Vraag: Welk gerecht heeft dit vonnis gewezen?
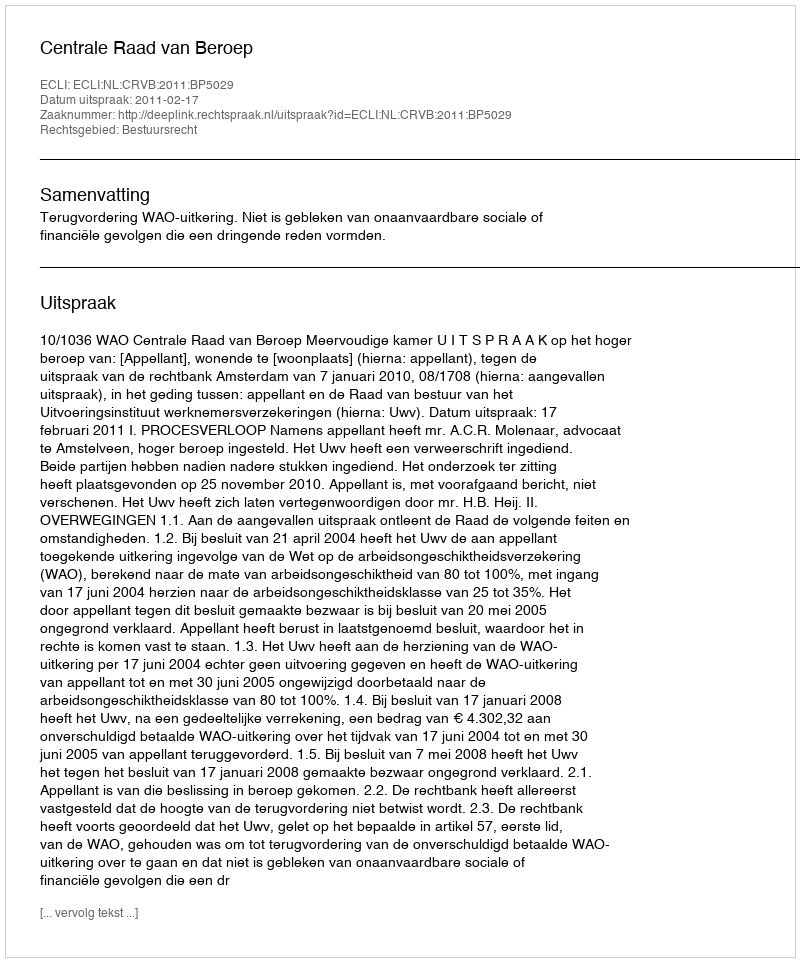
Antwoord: Centrale Raad van Beroep